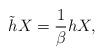
LaTeX: \begin{align*}\tilde{h}X=\frac{1}{\beta }hX, \end{align*}